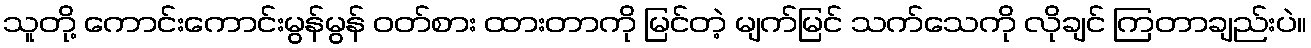
သူတို့ ကောင်းကောင်းမွန်မွန် ဝတ်စား ထားတာကို မြင်တဲ့ မျက်မြင် သက်သေကို လိုချင် ကြတာချည်းပဲ။